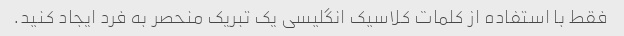
فقط با استفاده از کلمات کلاسیک انگلیسی یک تبریک منحصر به فرد ایجاد کنید.